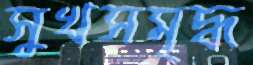
সুখসমৃদ্ধ